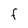
Character: F